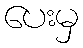
ပေးမှ